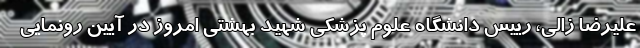
علیرضا زالی، رییس دانشگاه علوم پزشکی شهید بهشتی امروز در آیین رونمایی